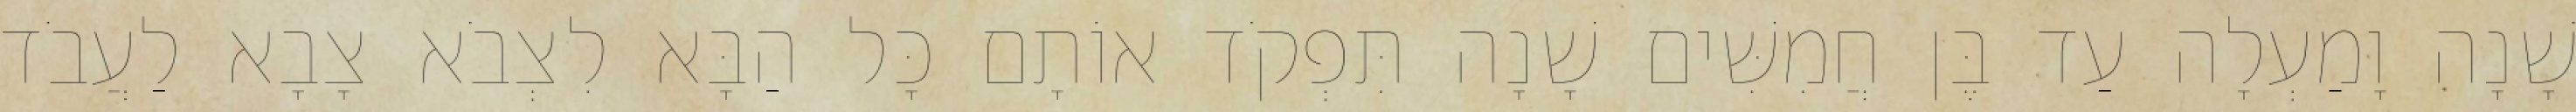
שָׁנָה וָמַעְלָה עַד בֶּן חֲמִשִּׁים שָׁנָה תִּפְקֹד אוֹתָם כָּל הַבָּא לִצְבֹא צָבָא לַעֲבֹד